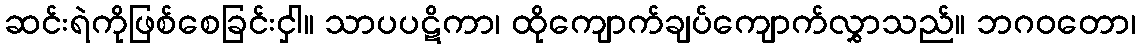
ဆင်းရဲကိုဖြစ်စေခြင်းငှါ။ သာပပဋိကာ၊ ထိုကျောက်ချပ်ကျောက်လွှာသည်။ ဘဂဝတော၊